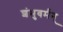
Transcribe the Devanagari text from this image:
शंभुवर्मन्